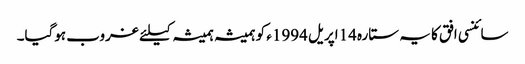
سائنسی افق کا یہ ستارہ 14اپریل 1994ء کو ہمیشہ ہمیشہ کیلئے غروب ہوگیا۔